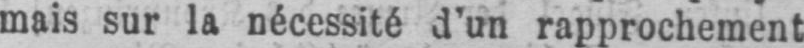
mais sur la nécessité d’un rapprochement